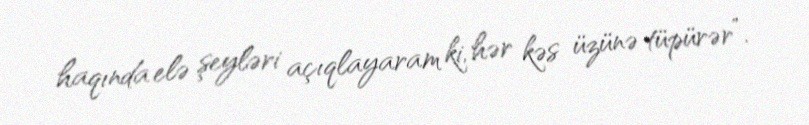
haqında elə şeyləri açıqlayaram ki, hər kəs üzünə tüpürər”.